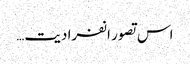
اس تصور انفرادیت…